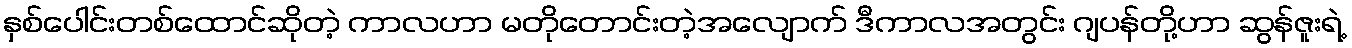
နှစ်ပေါင်းတစ်ထောင်ဆိုတဲ့ ကာလဟာ မတိုတောင်းတဲ့အလျောက် ဒီကာလအတွင်း ဂျပန်တို့ဟာ ဆွန်ဇူးရဲ့